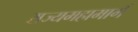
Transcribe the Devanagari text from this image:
राज्यमहामार्ग